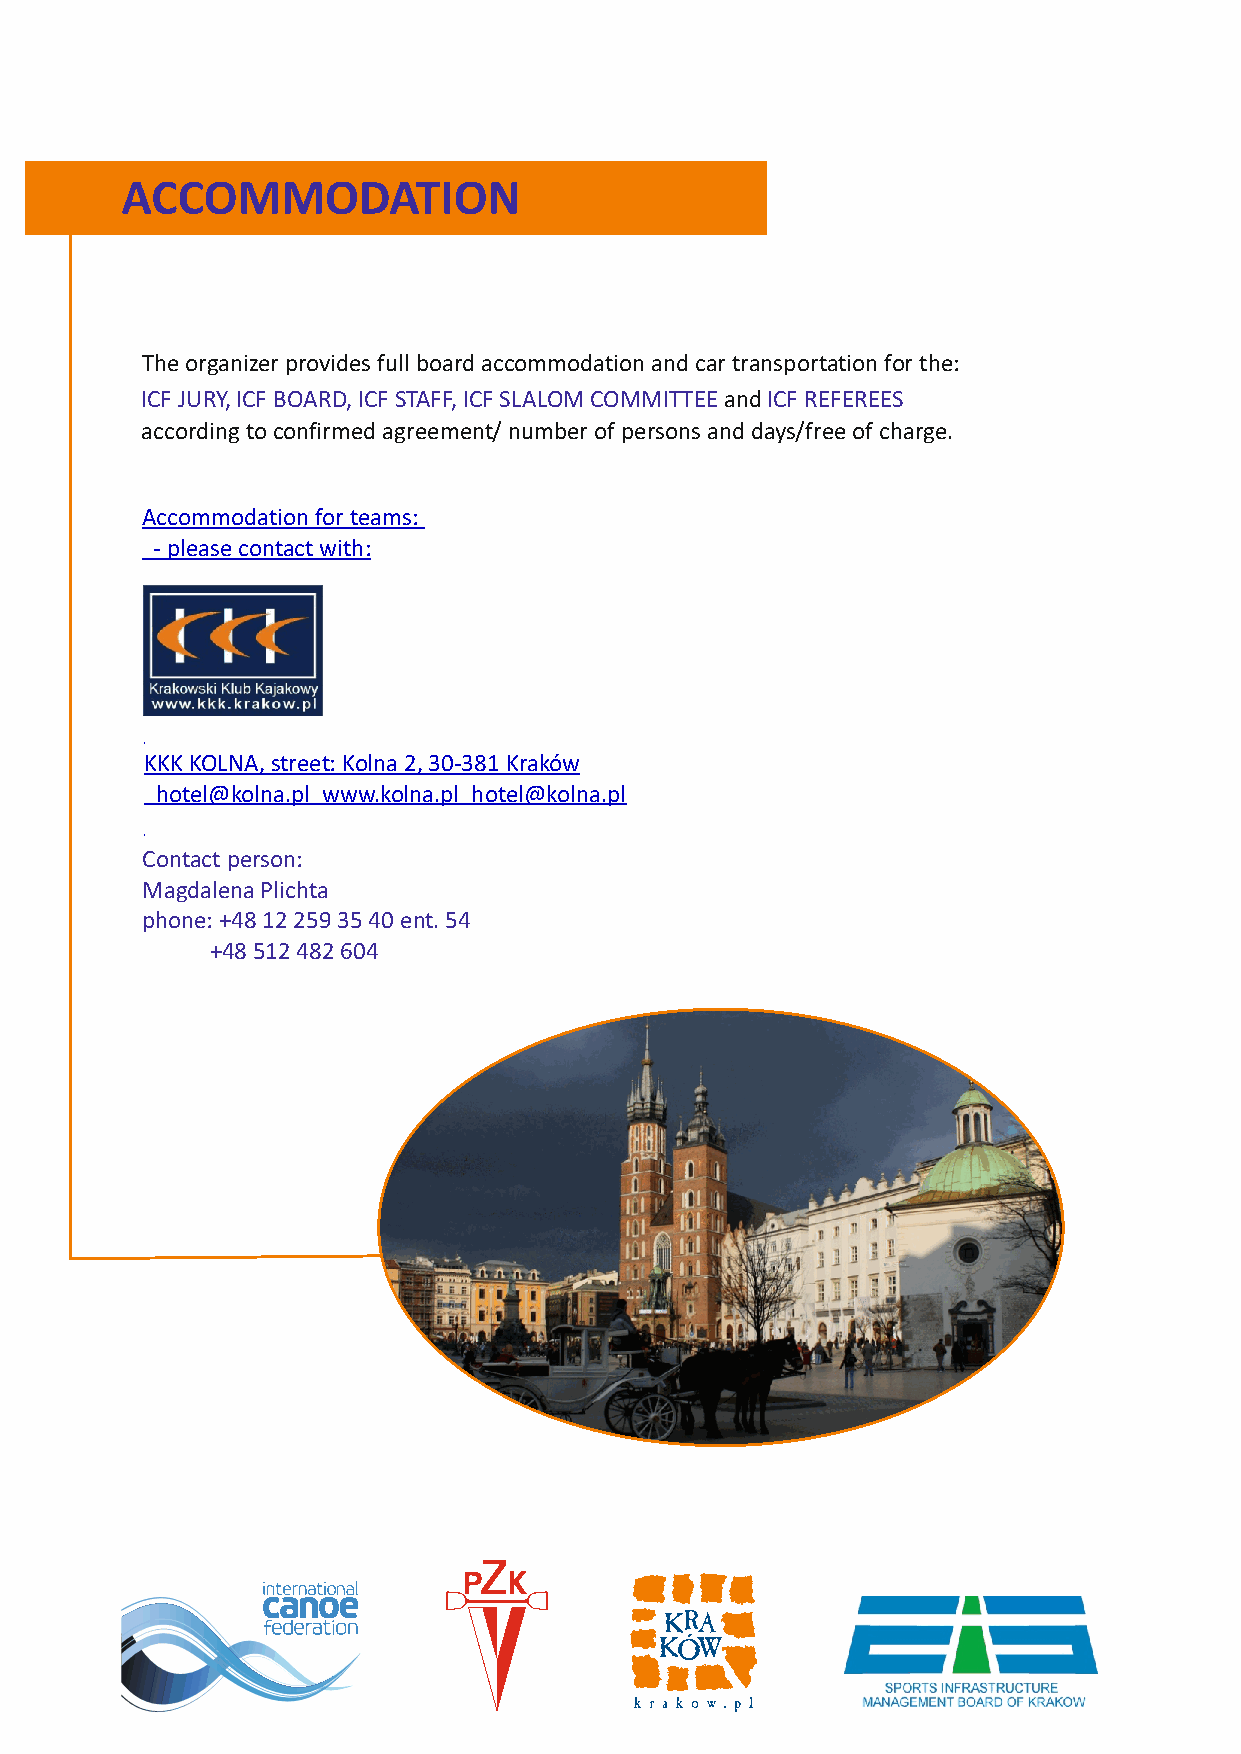
ACCOMMODATION
 The organizer provides full board accommodation and car transportation for the:
 ICF JURY, ICF BOARD, ICF STAFF, ICF SLALOM COMMITTEE and ICF REFEREES
 according to confirmed agreement/ number of persons and days/free of charge.
 Accommodation for teams:
 - please contact with:
 KKK KOLNA, street: Kolna 2, 30-381 Kraków
 hotel@kolna.pl www.kolna.pl hotel@kolna.pl
 C o ntact person:
 Magdalena Plichta
 phone: +48 12 259 35 40 ent. 54
 +48 512 482 604